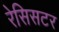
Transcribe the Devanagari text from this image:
रेसिसटर